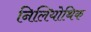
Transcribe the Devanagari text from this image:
निलियोथिक